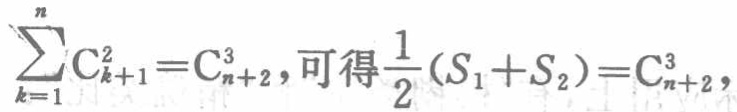
\(\sum_{k = 1}^{n}C_{k + 1}^{2}=C_{n + 2}^{3}, 可得\frac{1}{2}(S_{1}+S_{2})=C_{n + 2}^{3},\)